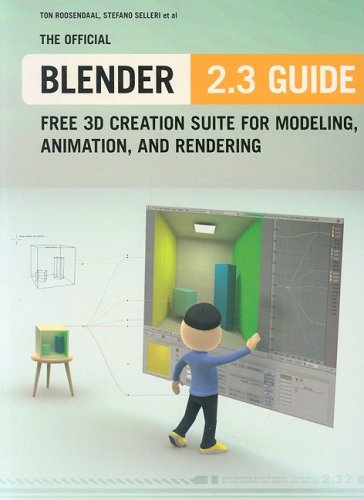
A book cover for The Official Blender 2.3 Guide: Free 3D Creation Suite for Modeling, Animation, and Rendering; Ton Roosendaal; Computers & Technology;